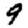
Digit: 9